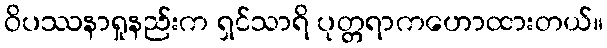
ဝိပဿနာရှုနည်းက ရှင်သာရိ ပုတ္တရာကဟောထားတယ်။